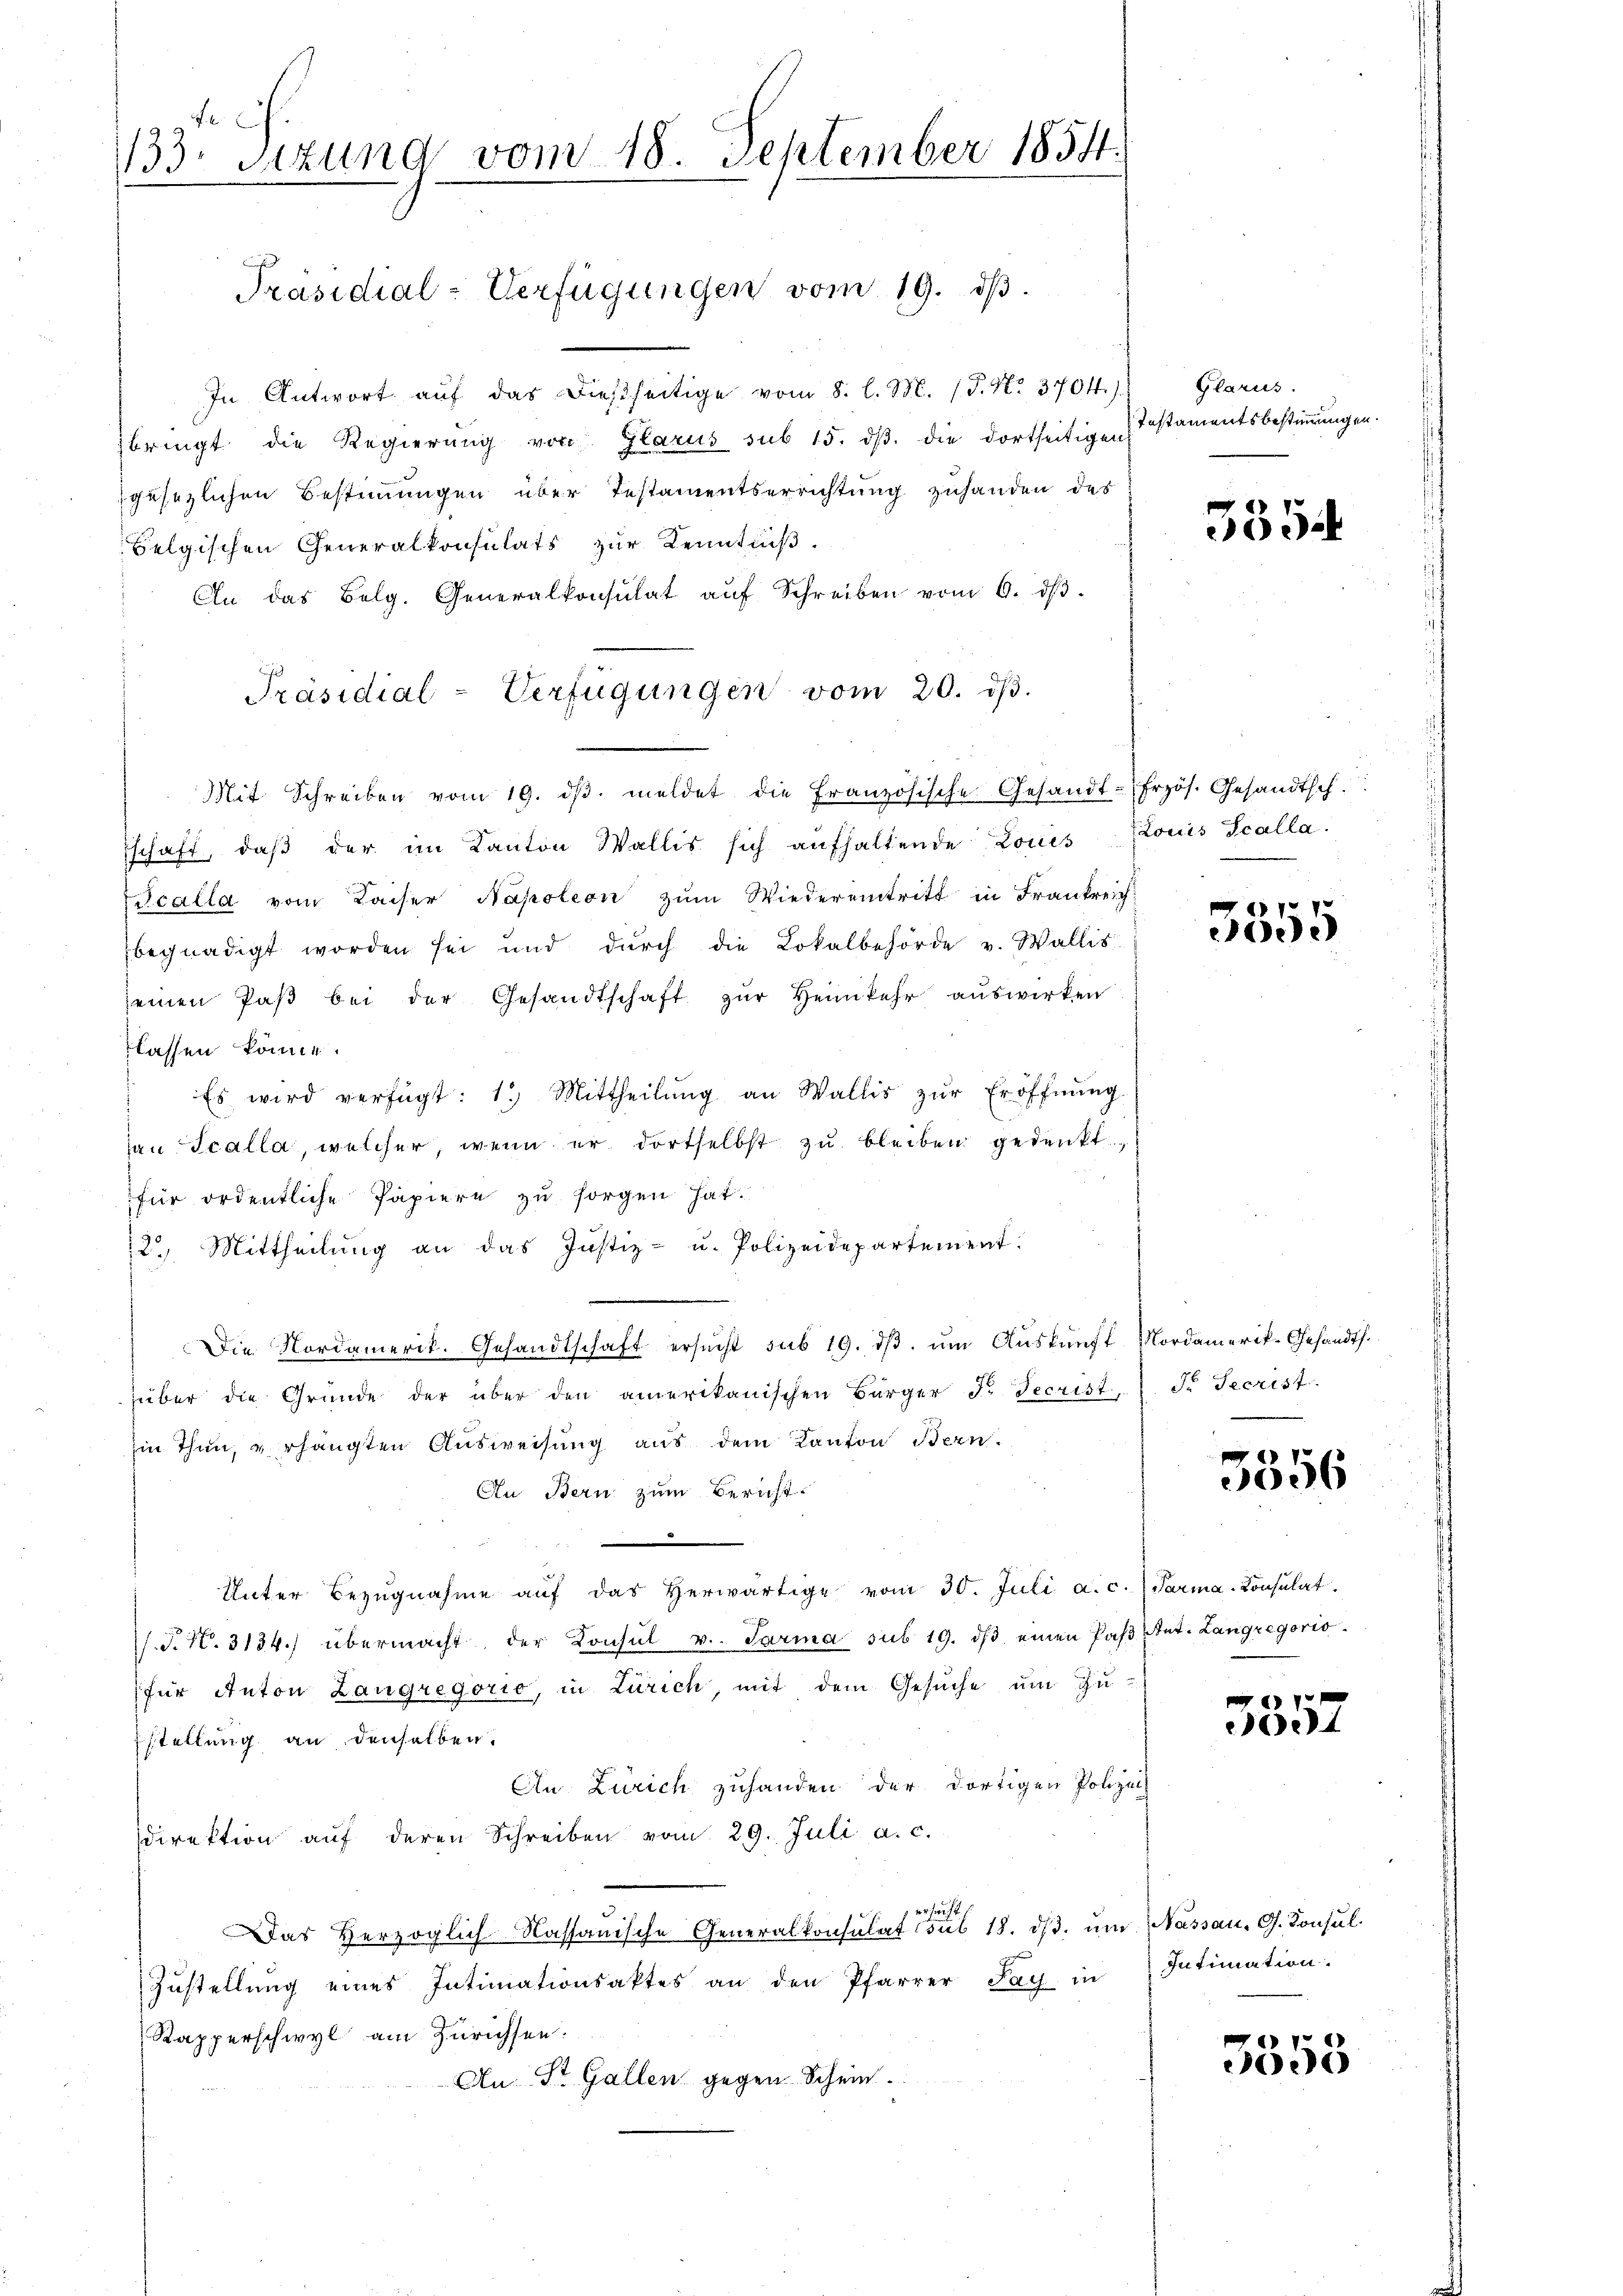
133. sizung vom 18. September 1854.

Präsidial-Verfügungen vom 19. dβ.

In Antwort aŭf das dießseitige vom 8. l. M. (T. No. 3704)
bringt die Regierung von Glarus sub 15. dβ die dortseitigen
gesezlichen Bestimmungen über Testamentserrichtung zuhanden des
Belgischen Generalkonsulats zur Kenntniß
An das Belg. Generalkonsulat aŭf Schreiben vom 6. dβ.
Mit Schreiben vom 19. dβ. meldet die Französische Gesandt-frzös. Gesandtsch.
schaft, daβ der im Kanton Wallis sich aufhaltende Louis Louis Scalla
Scalla vom Kaiser Napoleon zum Wiedereintritt in Frankreich-
begnadigt worden sei und dŭrch die Lokalbehörde v. Wallis
seinen Paβ bei der Gesandtschaft zŭr Heimkehr aŭswirken
lassen könne.
Es wird verfügt: 1.) Mittheilŭng an Wallis zŭr Eröffnŭng
hau Scalla, welcher, wenn er dortselbst zu bleiben gedenkt
für ordentliche Papiere zu sorgen hat.
22. Mittheilŭng an das Justiz- u. Polizeidepartement.
Die Nordamerit. Gesandtschaft ersŭcht sub 19. dβ. ŭm Aŭskŭnft Mordamerik-Gesandts.
über die Gründe der über den amerikanischen Bürger F. Jecrist, 1 Fr. Jecrist.
iin Thun, verhängten Ausweisung aus dem Kanton Bern.
An Bern zum Bericht.
Unter Bezŭgnahme aŭf das herwärtige vom 30. Juli a.c. Parma Consulat
.T. N. 3134.) übermacht, der Konsŭl v. Paria sub 19. dβ einen Pas Ant. Langregoris
(für Anton Langregorio, in Zürich mit dem Gesuche um zustellung an denselben.
An Zürich zuhanden der dortigen Polizei
direktion auf deren Schreiben vom 29. Juli a. c.
 ersucht
Das Herzoglich-Kassauische Generalkonsulat sub 18. dβ. um Nassau, G. Konsul¬
Zustellung eines Intimationsaktes an den Pfarrer Fay in
Rapperschwyl am Zürichsen.
An St. Gallen gegen Schein.

Präsidial-Verfügungen vom 20. dβ.
.

Glarus.
Instamentsbestimmungen.

3354

3555

3356

1
1

Intimation.

3558